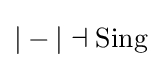
|-|\dashv \operatorname {Sing}